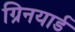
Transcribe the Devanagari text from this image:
ग्रिनयार्ड